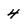
Character: 4